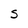
Character: S